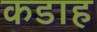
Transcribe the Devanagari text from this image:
कडाह